Problem: 4 × 3 = ?
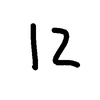
Handwritten answer: 12